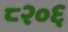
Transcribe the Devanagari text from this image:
८२०६